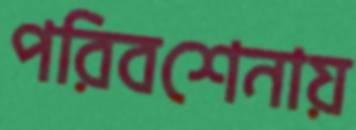
পরিবশেনায়